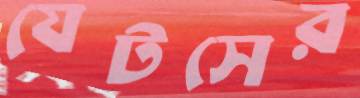
যেটসের